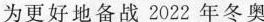
为更好地备战2022年冬奥